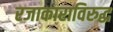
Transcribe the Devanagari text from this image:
रजाकाराविरुद्ध